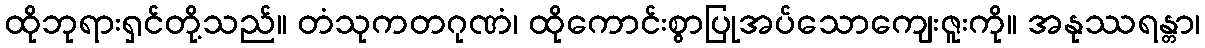
ထိုဘုရားရှင်တို့သည်။ တံသုကတဂုဏံ၊ ထိုကောင်းစွာပြုအပ်သောကျေးဇူးကို။ အနုဿရန္တာ၊